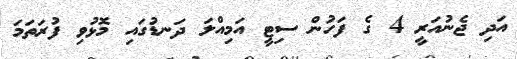
އަދި ޖެނުއަރީ 4 ގެ ފަހުން ސިޓީ އަމިއްލަ ދަނޑުގައި މޮޅުވި ފުރަތަމަ